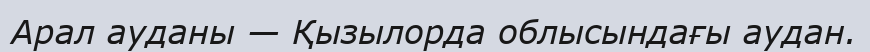
Арал ауданы — Қызылорда облысындағы аудан.